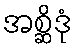
အစ္ဆိဒုံ